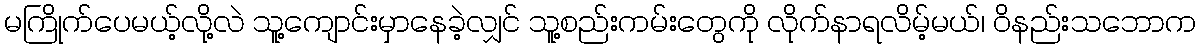
မကြိုက်ပေမယ့်လို့လဲ သူ့ကျောင်းမှာနေခဲ့လျှင် သူ့စည်းကမ်းတွေကို လိုက်နာရလိမ့်မယ်၊ ဝိနည်းသဘောက